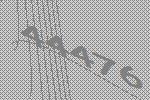
44476